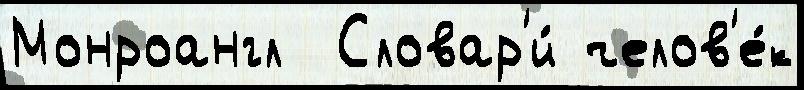
Монроангл  Словар'и́ челов'е́к